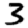
Digit: 3